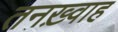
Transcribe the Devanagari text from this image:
तनख़्वाह